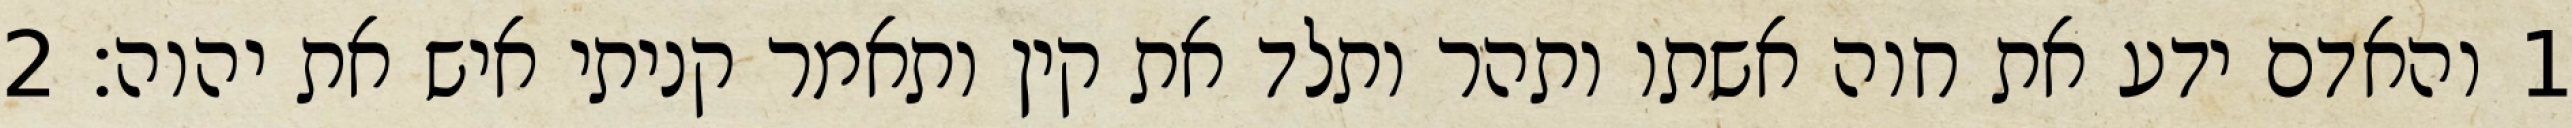
1 והאדם ידע את חוה אשתו ותהר ותלד את קין ותאמר קניתי איש את יהוה׃ ‎2‏